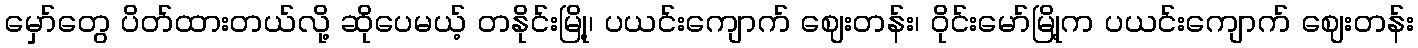
မှော်တွေ ပိတ်ထားတယ်လို့ ဆိုပေမယ့် တနိုင်းမြို့၊ ပယင်းကျောက် ဈေးတန်း၊ ဝိုင်းမော်မြို့က ပယင်းကျောက် ဈေးတန်း